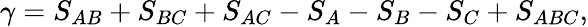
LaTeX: \gamma=S_{AB}+S_{BC}+S_{AC}-S_{A}-S_{B}-S_{C}+S_{ABC},